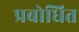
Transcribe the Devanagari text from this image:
प्रबोधित